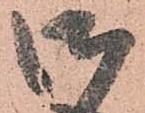
御